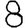
Digit: 8